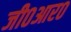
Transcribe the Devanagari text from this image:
जी०आर०